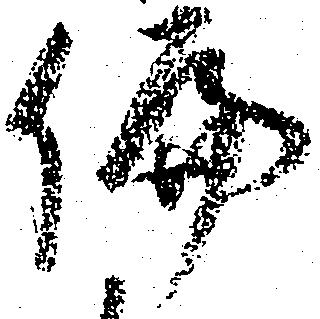
偏